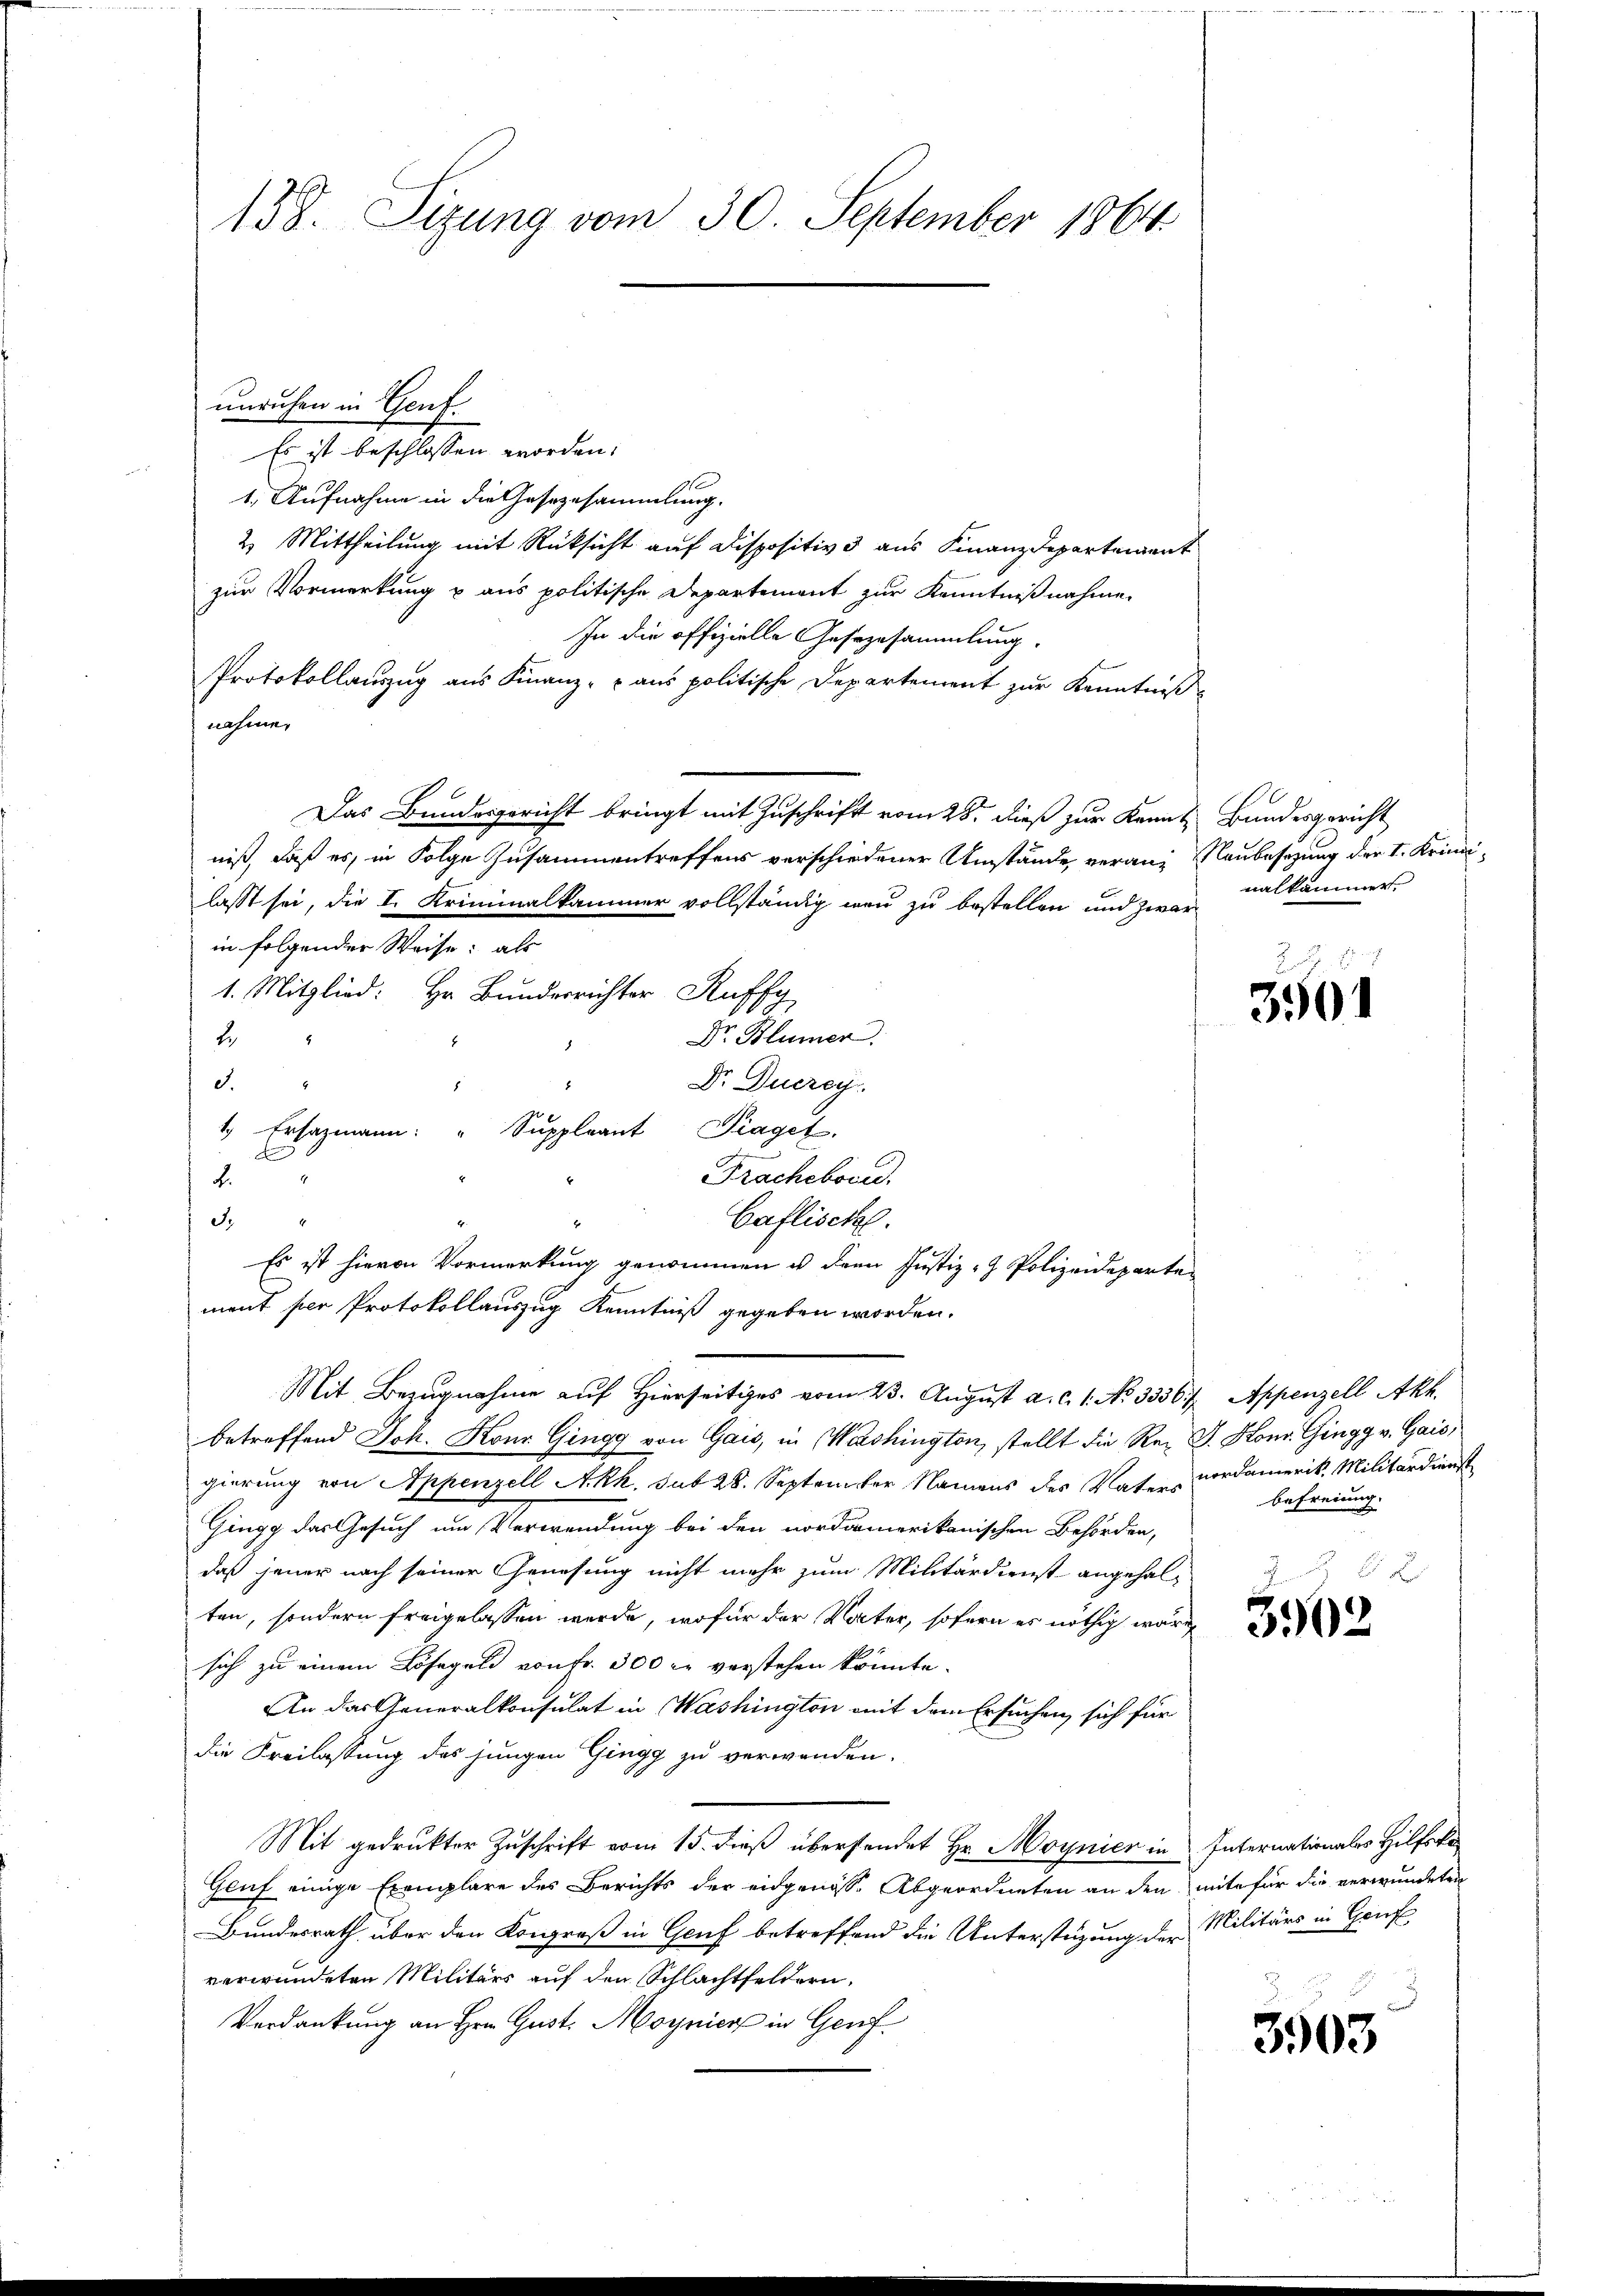
158. Sizung vom 30. September 1864.

unruhen in Genf.
Es ist beschlossen worden:
1. Aufnahme in die Gesezesammlung.
2. Mittheilung mit Rücksicht auf Dispositiv aus Finanzdepartement
zur Vormerkung u aus politische Departement zur Kenntnißnahme.
In die offizielle Gesezusammlung.
Protokollauszug aus Finanz- u aus politische Departement zur Kenntniß
nahme.
e
Das Bundesgericht bringt mit Zuschrift vom 28. dieß zur Kennt Bundesgericht
niß, daß es, in Folge Zusammentreffens verschiedener Umstände, veran, Naubesetzung der I. Krindilasst sei, die I. Kriminalkammer vollständig war zu bestellen und zwar
in folgender Weise: als
1. Mitglied: Hr. Bunderrichter Ruffy
Dr. Blümer.
2
8
Dr. Ducrey
J.
1 Ersatzmann: " Suppleant Singet
d
1
Fracheborn.
.
4
3.4
Caflische.
Es ist hievon Vormerkung genommen u. dem Justiz- & Polizeideparten
ment per Protokollauszug Kenntniß gegeben worden.
Mit Bezugnahme auf Hierseitiges vom 23. August a. c. 1. No. 3556. Appenzell Akh.
betreffend Joh. Konr. Gingg von Gais, in Washington, stellt die Rei J. Kons. Gingg v. Gaić,
gierung von Appenzell A.Rh. sub 28. September Namens des Vater Cordamerik, Militärdienst
Gingg das Gesuch um Verwendung bei den nordamerikanischen Behörden,
daß jener nach seiner Genesung nicht mehr zum Militärdienst angehal-
ten, sondern freigelassen werde, wofür der Vater, sofern es nöthig wäre
sich zu einem Lösegeld von Fr. 300 l. vorstehen könnte.
An das Generalkonsulat in Washington mit dem Ersuchen sich für
die Freilassung des jungen Gingg zu verwenden.
Mit gedruckter Zuschrift vom 15. dieß übersendet Hr. Moynier in Internationales Hilfsko
Geuf einige Exemplare des Berichts der eidgenösse Abgeordneten an den mite für die verwundeten
Bundesrath über den Kongreß in Genf betreffend die Unterstüzung der
verwundeten Militärs auf den Schlachtfeldern.
Verdankung an Hrn. Gust. Moynier in Genf

nalkammer.

3501

befreiung.

3902

Militärs in Hauf

3903